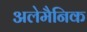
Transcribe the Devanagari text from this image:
अलेमैनिक